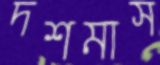
দশমাস